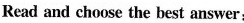
Read and choose the best answer: